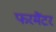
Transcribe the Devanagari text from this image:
फरमैंटर